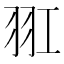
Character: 羾